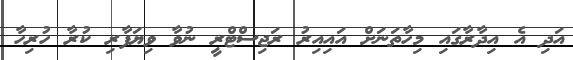
އަދި އެ އިދާރާގައި މިހާތަނަށް އައިއިރު ރަޖިސްޓްރީ ނުވާ ވިޔަފާރި ކުރާ ހުރިހާ